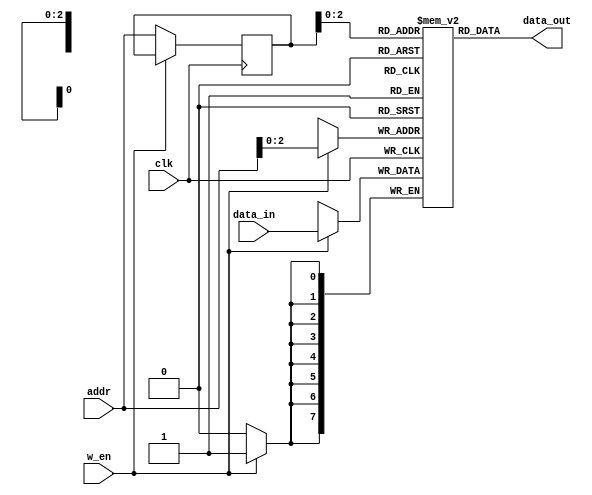
module Asynchronous_Ram(
				input clk,w_en,
                input [12:0]addr,
                input [7:0]data_in,
                output [7:0]data_out
                );

            reg[7:0]ram[7:0];
            reg[12:0]addr_reg;

        always@(posedge clk)
            begin
            if(w_en)
                ram[addr]<=data_in;
            else
                addr_reg<=addr;
            end

assign data_out=ram[addr_reg];

endmodule